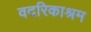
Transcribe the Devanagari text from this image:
वदरिकाश्रम